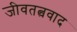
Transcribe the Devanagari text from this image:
जीवतत्ववाद